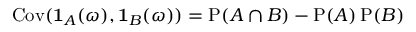
\operatorname { C o v } ( \mathbf { 1 } _ { A } ( \omega ) , \mathbf { 1 } _ { B } ( \omega ) ) = \operatorname { P } ( A \cap B ) - \operatorname { P } ( A ) \operatorname { P } ( B )